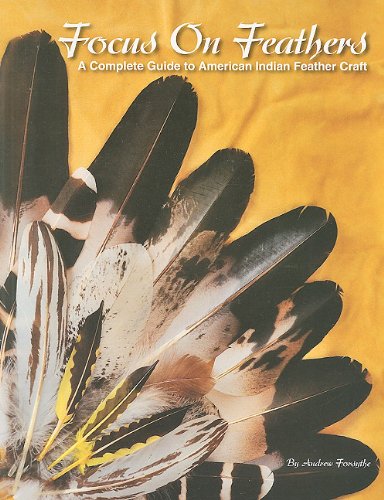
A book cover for Focus on Feathers; Andrew Forsythe; Crafts, Hobbies & Home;